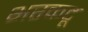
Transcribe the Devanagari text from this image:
भरकटू